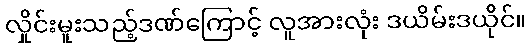
လှိုင်းမူးသည့်ဒဏ်ကြောင့် လူအားလုံး ဒယိမ်းဒယိုင်။